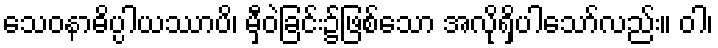
သေဝနာဓိပ္ပါယဿာပိ၊ မှီဝဲခြင်း၌ဖြစ်သော အလိုရှိပါသော်လည်း။ ဝါ၊